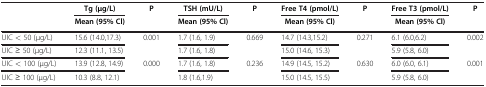
| <ROWSPAN=2>  | Tg (μg/L) | P | TSH (mU/L) | P | Free T4 (pmol/L) | P | Free T3 (pmol/L) | P |
 | Mean (95% Cl) |  | Mean (95% Cl) |  | Mean (95% Cl) |  | Mean (95% Cl) |  |
 | --- | --- | --- | --- | --- | --- | --- | --- | --- |
 | UIC < 50 (μg/L) | 15.6 (14.0,17.3) | 0.001 | 1.7 (1.6, 1.9) | 0.669 | 14.7 (14.3,15.2) | 0.271 | 6.1 (6.0,6.2) | 0.002 |
 | UIC ≥ 50 (μg/L) | 12.3 (11.1, 13.5) |  | 1.7 (1.6, 1.8) |  | 15.0 (14.6, 15.3) |  | 5.9 (5.8, 6.0) |  |
 | UIC < 100 (μg/L) | 13.9 (12.8, 14.9) | 0.000 | 1.7 (1.6, 1.8) | 0.236 | 14.9 (14.5, 15.2) | 0.630 | 6.0 (6.0, 6.1) | 0.001 |
 | UIC ≥ 100 (μg/L) | 10.3 (8.8, 12.1) |  | 1.8 (1.6,1.9) |  | 15.0 (14.5, 15.5) |  | 5.9 (5.8, 6.0) |  |